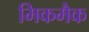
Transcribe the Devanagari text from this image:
मिकमैक